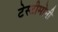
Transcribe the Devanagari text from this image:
टेस्टीमोनी